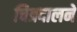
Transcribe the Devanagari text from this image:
चित्रदालने